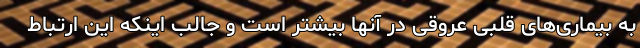
به بیماری‌های قلبی عروقی در آنها بیشتر است و جالب اینکه این ارتباط